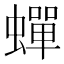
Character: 蟬